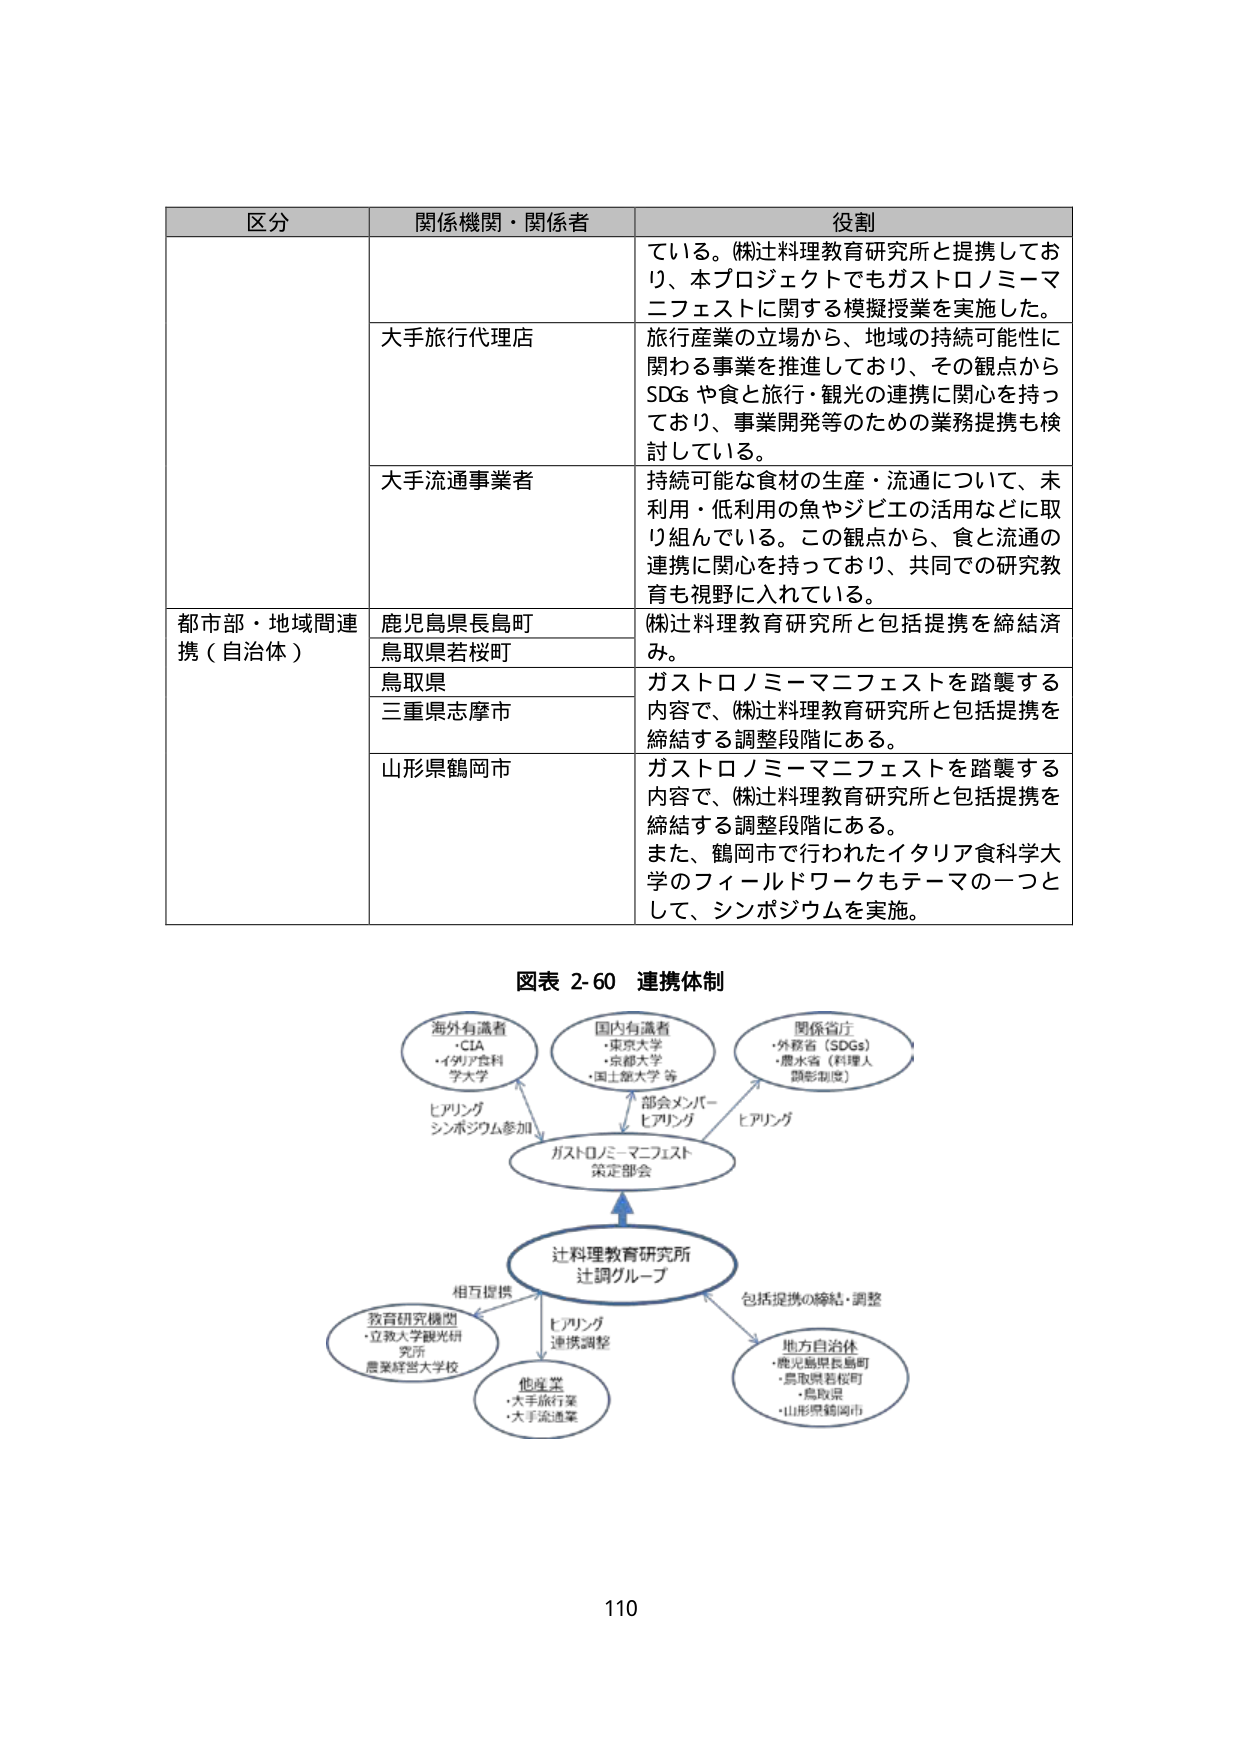
区分 関係機関・関係者 役割
ている。㈱辻料理教育研究所と提携してお
り、本プロジェクトでもガストロノミーマ
ニフェストに関する模擬授業を実施した。
大手旅行代理店 旅行産業の立場から、地域の持続可能性に
関わる事業を推進しており、その観点から
SDGs や食と旅行・観光の連携に関心を持っ
ており、事業開発等のための業務提携も検
討している。
大手流通事業者 持続可能な食材の生産・流通について、未
利用・低利用の魚やジビエの活用などに取
り組んでいる。この観点から、食と流通の
連携に関心を持っており、共同での研究教
育も視野に入れている。
都市部・地域間連携（自治体） 鹿児島県長島町 ㈱辻料理教育研究所と包括提携を締結済
み。
鳥取県若桜町
鳥取県 ガストロノミーマニフェストを踏襲する
内容で、㈱辻料理教育研究所と包括提携を
締結する調整段階にある。
三重県志摩市
山形県鶴岡市 ガストロノミーマニフェストを踏襲する
内容で、㈱辻料理教育研究所と包括提携を
締結する調整段階にある。
また、鶴岡市で行われたイタリア食科学大
学のフィールドワークもテーマの一つと
して、シンポジウムを実施。

図表 2-60 連携体制
海外有識者
・CIA
・イタリア食科
学大学
国内有識者
・東京大学
・京都大学
・国士舘大学 等
関係省庁
・外務省（SDGs）
・農水省（料理人
顕彰制度）
ヒアリング
シンポジウム参加
部会メンバー
ヒアリング
ヒアリング
ガストロノミーマニフェスト
策定部会
辻料理教育研究所
辻調グループ
相互提携
ヒアリング
連携調整
包括提携の締結・調整
教育研究機関
・立教大学観光研
究所
農業経営大学校
他産業
・大手旅行業
・大手流通業
地方自治体
・鹿児島県長島町
・鳥取県若桜町
・鳥取県
・山形県鶴岡市

110